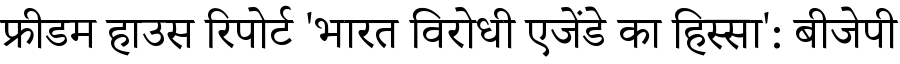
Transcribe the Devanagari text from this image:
फ्रीडम हाउस रिपोर्ट 'भारत विरोधी एजेंडे का हिस्सा': बीजेपी